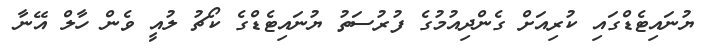
ޔުނައިޓެޑްގައި ކުރިއަށް ގެންދިއުމުގެ ފުރުސަތު ޔުނައިޓެޑްގެ ކޯޗު ލުއީ ވެން ހާލް އޭނާ